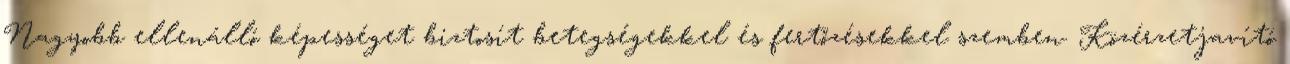
Nagyobb ellenálló képességet biztosít betegségekkel és fertőzésekkel szemben. Közérzetjavító